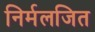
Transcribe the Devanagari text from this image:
निर्मलजित